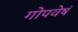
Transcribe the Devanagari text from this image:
गोपवेषं